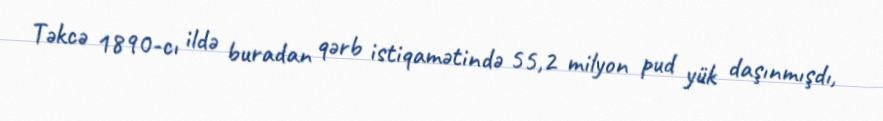
Təkcə 1890-cı ildə buradan qərb istiqamətində 55,2 milyon pud yük daşınmışdı,